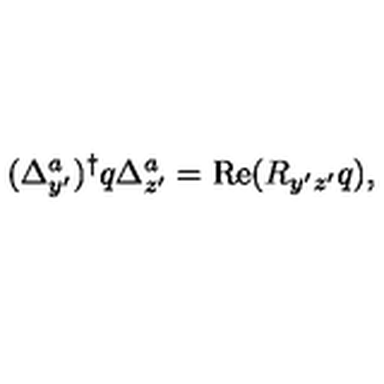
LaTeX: ( \Delta _ { y ^ { \prime } } ^ { a } ) ^ { \dagger } q \Delta _ { z ^ { \prime } } ^ { a } = \mathrm { R e } ( R _ { y ^ { \prime } z ^ { \prime } } q ) ,